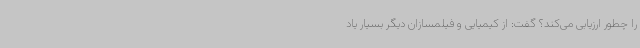
را چطور ارزیابی می‌کند؟ گفت: از کیمیایی و فیلمسازان دیگر بسیار یاد